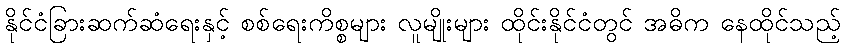
နိုင်ငံခြားဆက်ဆံရေးနှင့် စစ်ရေးကိစ္စများ လူမျိုးများ ထိုင်းနိုင်ငံတွင် အဓိက နေထိုင်သည့်